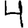
Digit: 4